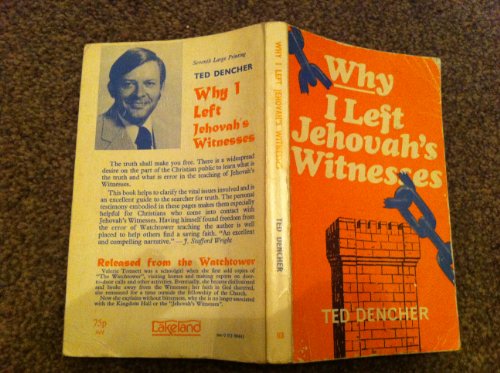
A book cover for Why I Left Jehovah's Witnesses; Ted Dencher; Christian Books & Bibles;